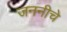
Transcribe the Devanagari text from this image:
जननीचे